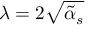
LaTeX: \lambda = 2 \sqrt { \tilde { \alpha } _ { s } }